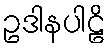
ဥဒါနပါဠိ